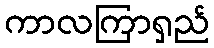
ကာလကြာရှည်